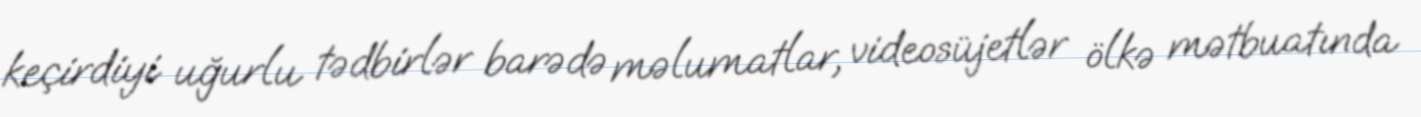
keçirdiyi uğurlu tədbirlər barədə məlumatlar, videosüjetlər ölkə mətbuatında